Civil Veterinary Dept. Bombay admin report 1932-41 - 1932-1941
Year: 1932
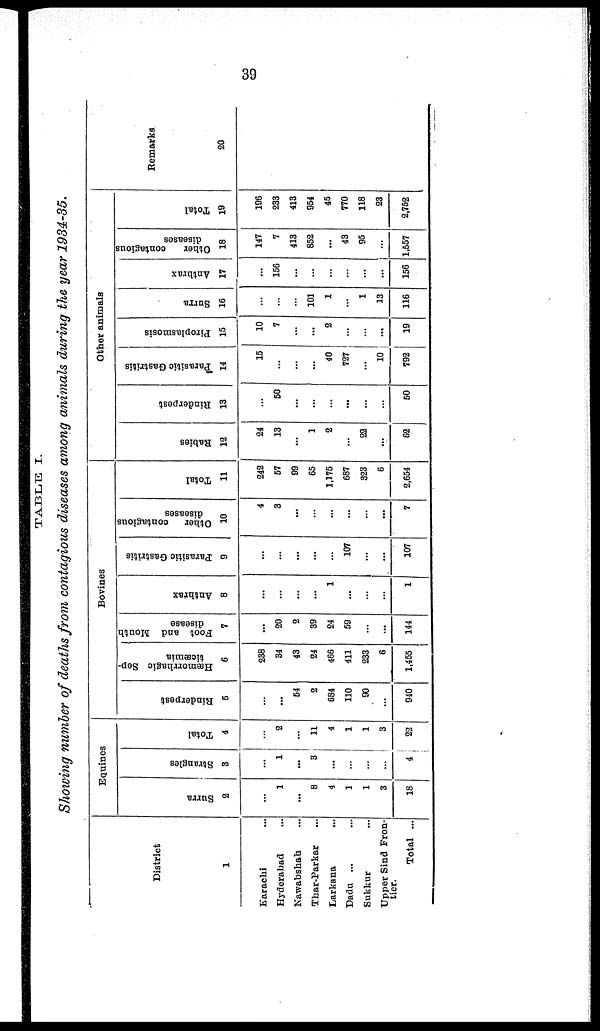
39
TABLE
I.
Showing number of deaths from contagious diseases among animals during the year 1934-35.
District
1
Karachi ...
Hyderabad ...
Nawabshah ...
Thar-Parkar ...
Larkana ...
Dadu ...
Sukkur ...
Upper Sind Fron¬
tier.
Total ...
Equines
Surra
2
...
1
...
8
4
1
1
3
18
Strangles
3
...
1
...
3
...
...
...
...
4
Total
4
...
2
...
11
4
1
1
3
22
Bovines
Rinderpest
5
...
...
54
2
684
110
90
...
940
Hæmorrhagic Sep-
ticæmia
6
238
34
43
24
466
411
233
6
1,455
Foot and Mouth
disease
7
...
20
2
39
24
59
...
...
144
Anthrax
8
...
...
...
...
1
...
...
...
1
Parasitic Gastritis
9
...
...
...
...
...
107
...
...
107
Other contagious
diseases
10
4
3
...
...
...
...
...
...
7
Total
11
242
57
99
65
1,175
687
323
6
2,654
Other animals
Babies
12
24
13
...
1
2
...
22
...
62
Rinderpest
13
...
50
...
...
...
...
...
...
50
Parasitic Gastritis
14
15
...
...
...
40
727
...
10
792
Piroplasmosis
15
10
7
...
...
2
...
...
...
19
Surra
16
...
...
...
101
1
...
1
13
116
Anthrax
17
...
156
...
...
...
...
...
...
156
Other
contagious
diseases
18
147
7
413
852
...
43
95
...
1,557
Total
19
196
233
413
954
45
770
118
23
2,752
Remarks
20